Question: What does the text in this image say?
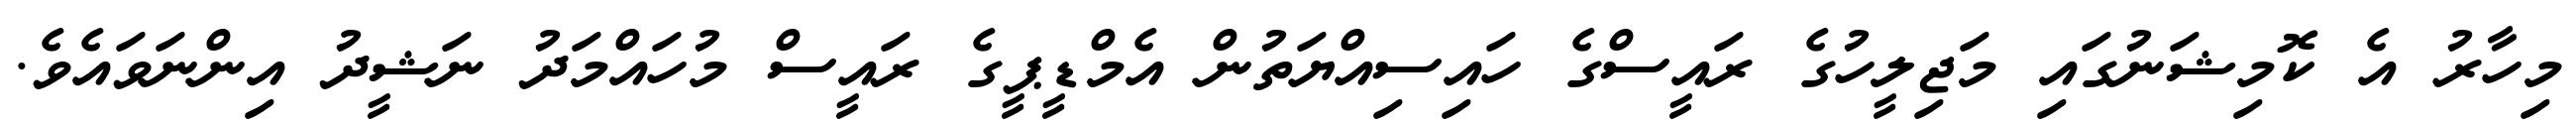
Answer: މިހާރު އެ ކޮމިޝަނުގައި މަޖިލީހުގެ ރައީސްގެ ހައިސިއްޔަތުން އެމްޑީޕީގެ ރައީސް މުހައްމަދު ނަޝީދު އިންނަވައެވެ.